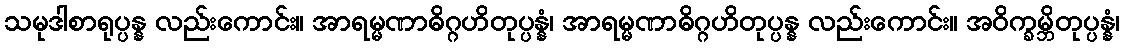
သမုဒါစာရုပ္ပန္န လည်းကောင်း။ အာရမ္မဏာဓိဂ္ဂဟိတုပ္ပန္နံ၊ အာရမ္မဏာဓိဂ္ဂဟိတုပ္ပန္န လည်းကောင်း။ အဝိက္ခမ္ဘိတုပ္ပန္နံ၊